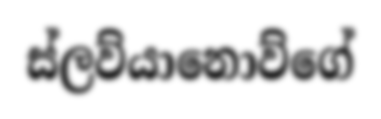
ස්ලව්යානොව්ගේ